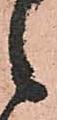
候